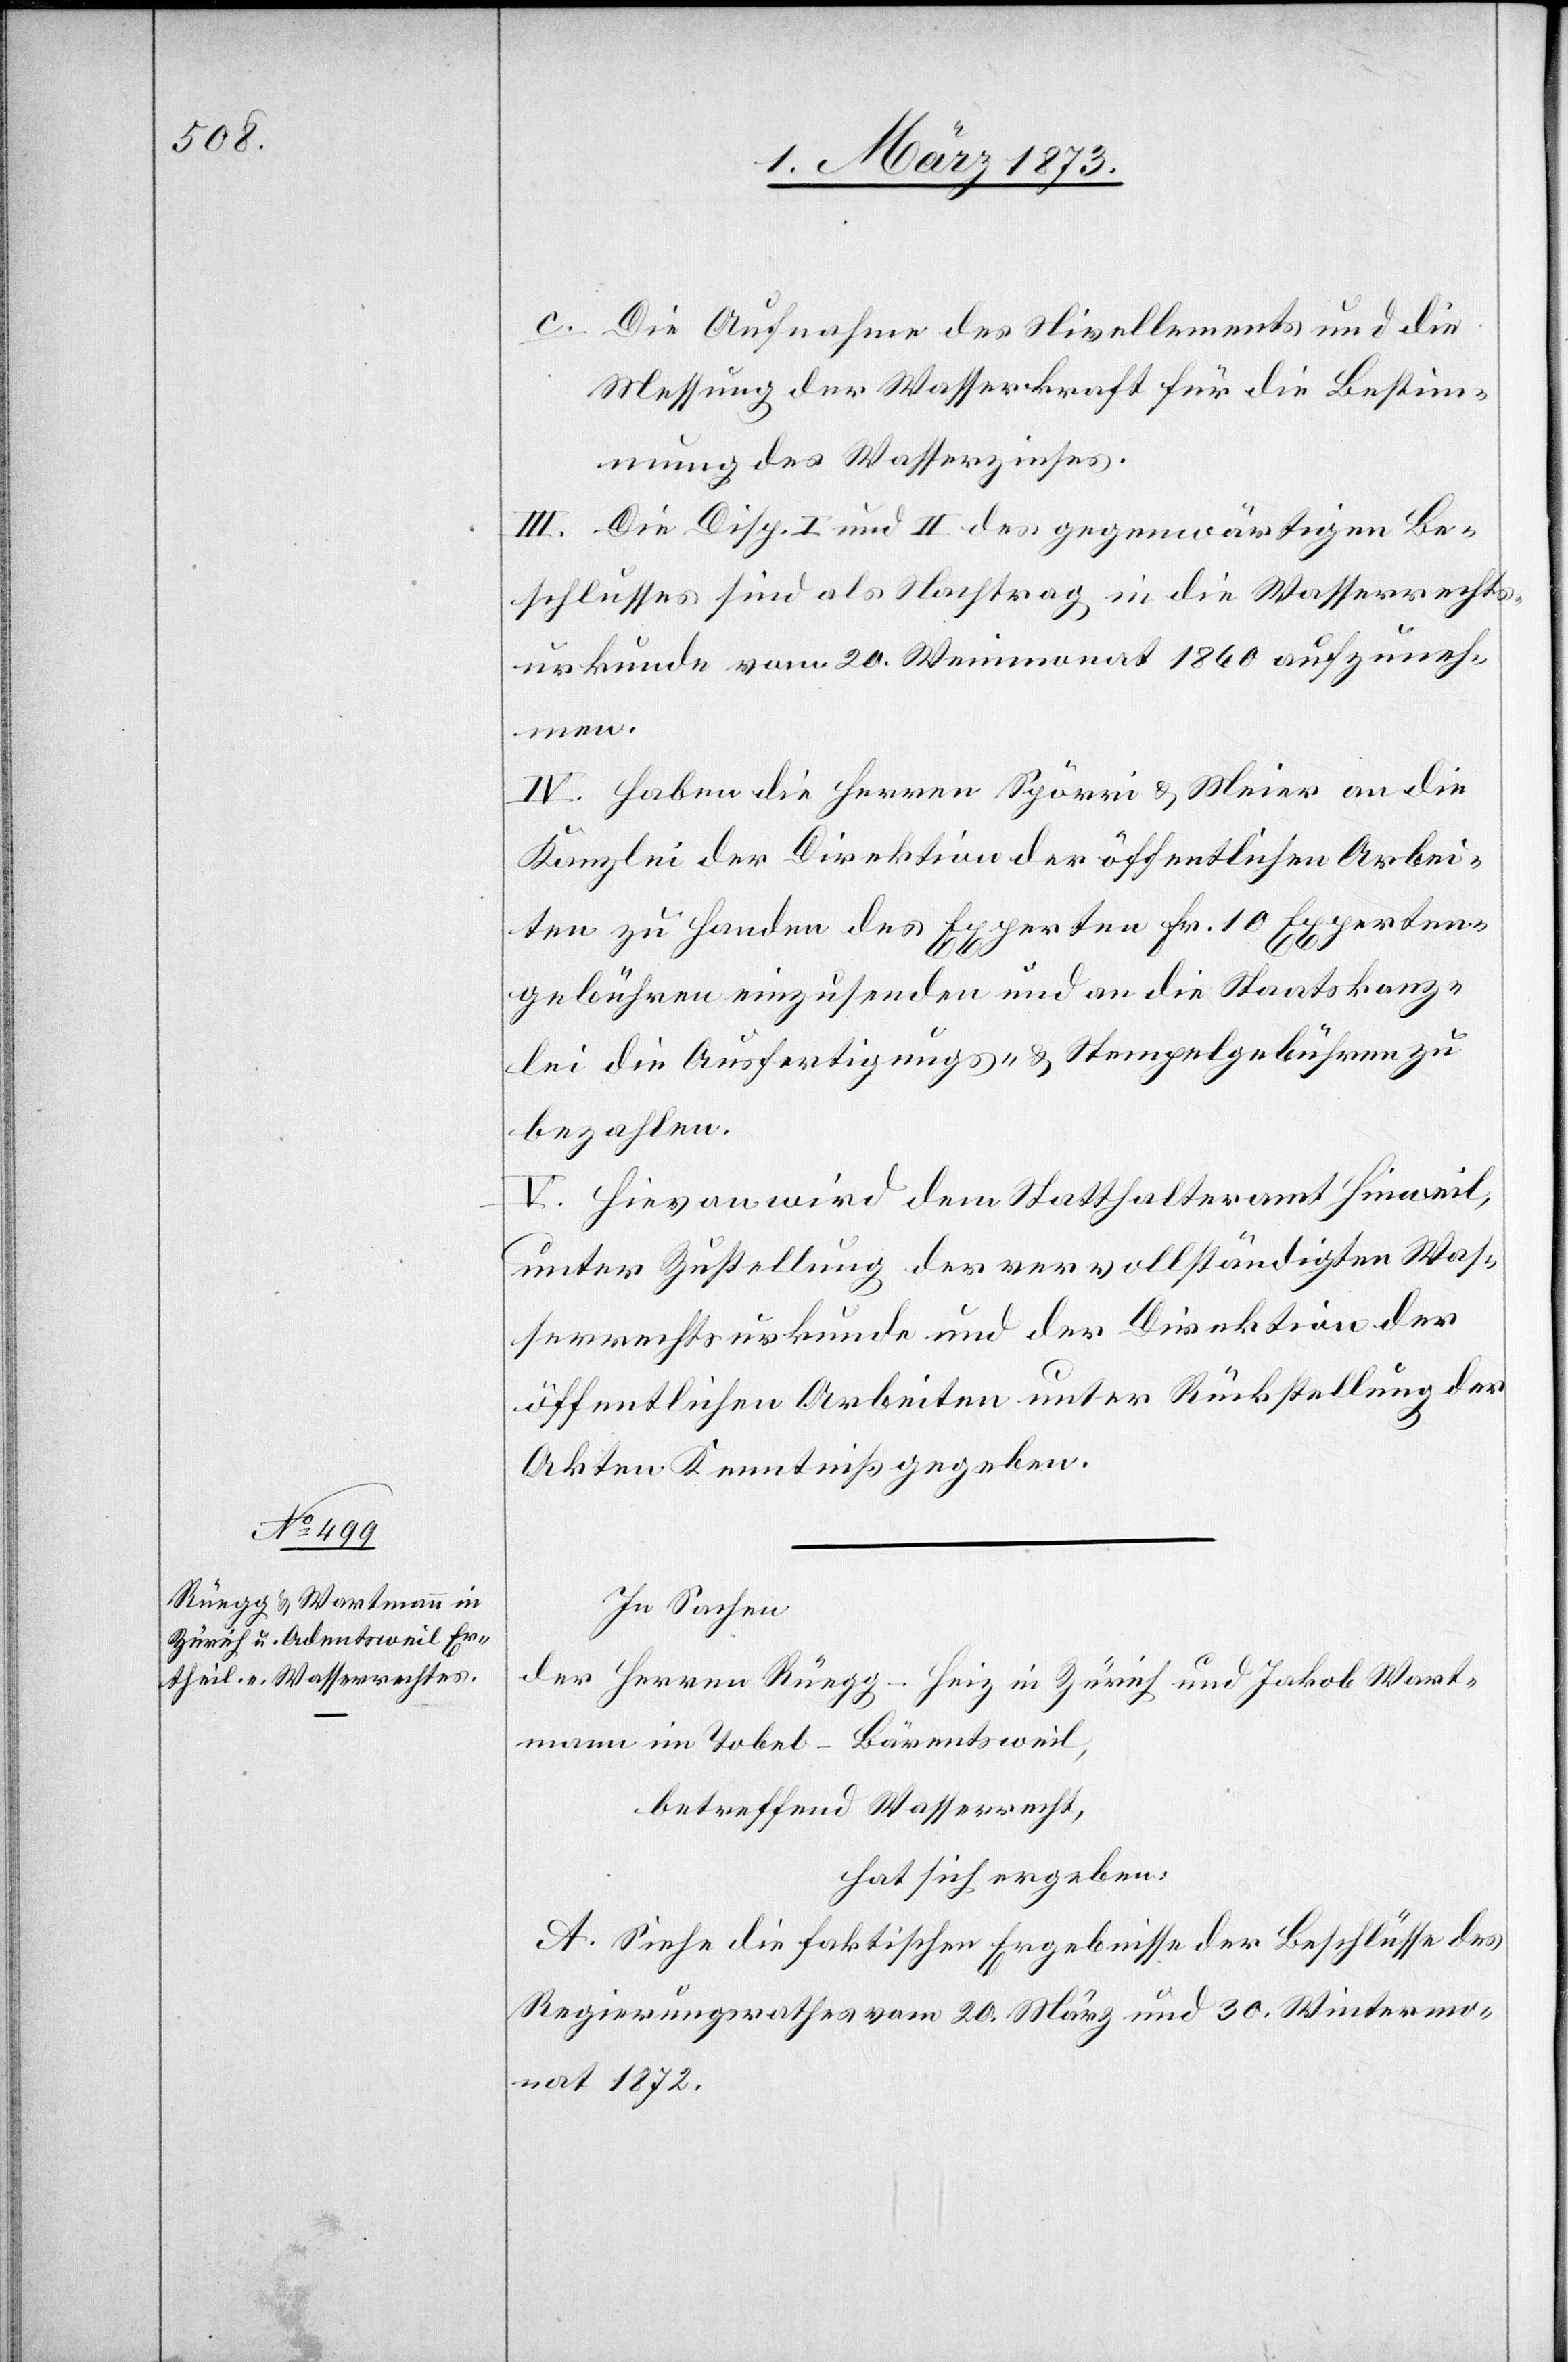
c. Die Aufnahme des Nivellements und die
Messung der Wasserkraft für die Bestim¬
mung des Wasserzinses.
III. Die Disp. I und II des gegenwärtigen Be¬
schlusses sind als Nachtrag in die Wasserrechts¬
urkunde vom 20. Weinmonat 1860 aufzuneh¬
men.
IV. Haben die Herren Spörri u. Meier an die
Kanzlei der Direktion der öffentlichen Arbei¬
ten zu Handen des Experten Fr. 10 Experten¬
gebühren einzusenden und an die Staatskanz¬
lei die Ausfertigungs- u. Stempelgebühren zu
bezahlen.
V. Hievon wird dem Statthalteramt Hinweil,
unter Zustellung der vervollständigten Was¬
serrechtsurkunde und der Direktion der
öffentlichen Arbeiten unter Rückstellung der
Akten Kenntniß gegeben.
In Sachen
der Herren Rüegg-Heiz in Zürich und Jakob Wart¬
mann im Tobel-Bärentsweil,
betreffend Wasserrecht,
hat sich ergeben:
A. Siehe die faktischen Ergebnisse der Beschlüsse des
Regierungsrathes vom 20. März und 30. Wintermo¬
nat 1872.